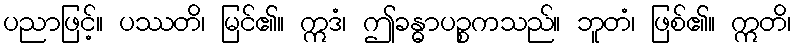
ပညာဖြင့်။ ပဿတိ၊ မြင်၏။ ဣဒံ၊ ဤခန္ဓာပဉ္စကသည်။ ဘူတံ၊ ဖြစ်၏။ ဣတိ၊